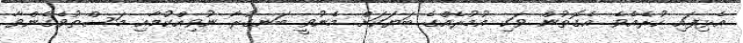
އެޅިފައި ހުރެއެވެ. އެގޮތުން ވަކި އުމުރެއްގެ ބަޔަކަށް މެނުވީ ބަނގުރާ ނުވިއްކުމާއި މަސްތުވެގެންވާ